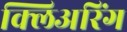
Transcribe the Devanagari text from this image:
क्लिअरिंग